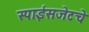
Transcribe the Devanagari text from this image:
स्पाईसजेटचे